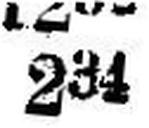
234